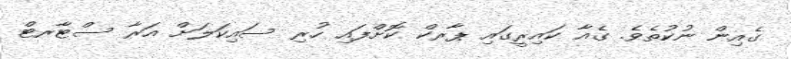
ގެއިން ނުކުތެވެ. ގެއާ ކައިރީގައި ޕާރކް ކޮށްފައި ހުރި ސައިކަލަށް އަރާ ސްޓާރޓް